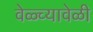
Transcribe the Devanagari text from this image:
वेळ्च्यावेळी